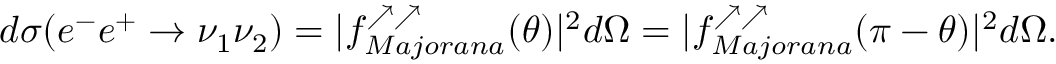
d \sigma ( e ^ { - } e ^ { + } \to \nu _ { 1 } \nu _ { 2 } ) = | f _ { M a j o r a n a } ^ { \nearrow \nearrow } ( \theta ) | ^ { 2 } d \Omega = | f _ { M a j o r a n a } ^ { \nearrow \nearrow } ( \pi - \theta ) | ^ { 2 } d \Omega .